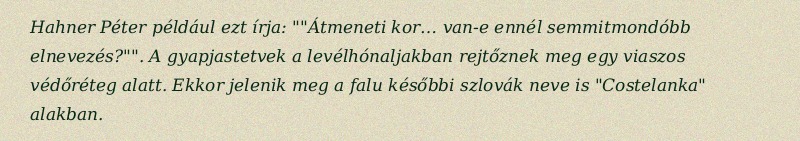
Hahner Péter például ezt írja: ""Átmeneti kor… van-e ennél semmitmondóbb elnevezés?"". A gyapjastetvek a levélhónaljakban rejtőznek meg egy viaszos védőréteg alatt. Ekkor jelenik meg a falu későbbi szlovák neve is "Costelanka" alakban.